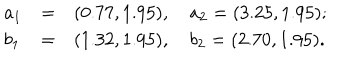
LaTeX: \left. \begin{array} { l l l } { { a _ { 1 } } } & { { = } } & { { ( 0 . 7 7 , 1 . 9 5 ) , \quad a _ { 2 } = ( 3 . 2 5 , 1 . 9 5 ) ; } } \\ { { b _ { 1 } } } & { { = } } & { { ( 1 . 3 2 , 1 . 9 5 ) , \quad b _ { 2 } = ( 2 . 7 0 , 1 . 9 5 ) . } } \\ \end{array} \right.